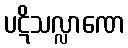
ပဋိသလ္လာဏေ